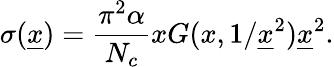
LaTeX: \sigma({\underline{{x}}})={\frac{\pi^{2}\alpha}{N_{c}}}xG(x,1/{\underline{{x}}}^{2}){\underline{{x}}}^{2}.